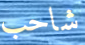
شاحب